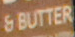
6 BUTTER